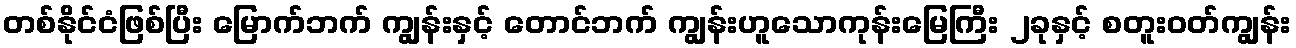
တစ်နိုင်ငံဖြစ်ပြီး မြောက်ဘက် ကျွန်းနှင့် တောင်ဘက် ကျွန်းဟူသောကုန်းမြေကြီး ၂ခုနှင့် စတူးဝတ်ကျွန်း